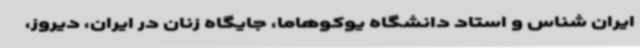
ایران شناس و استاد دانشگاه یوکوهاما، جایگاه زنان در ایران، دیروز،